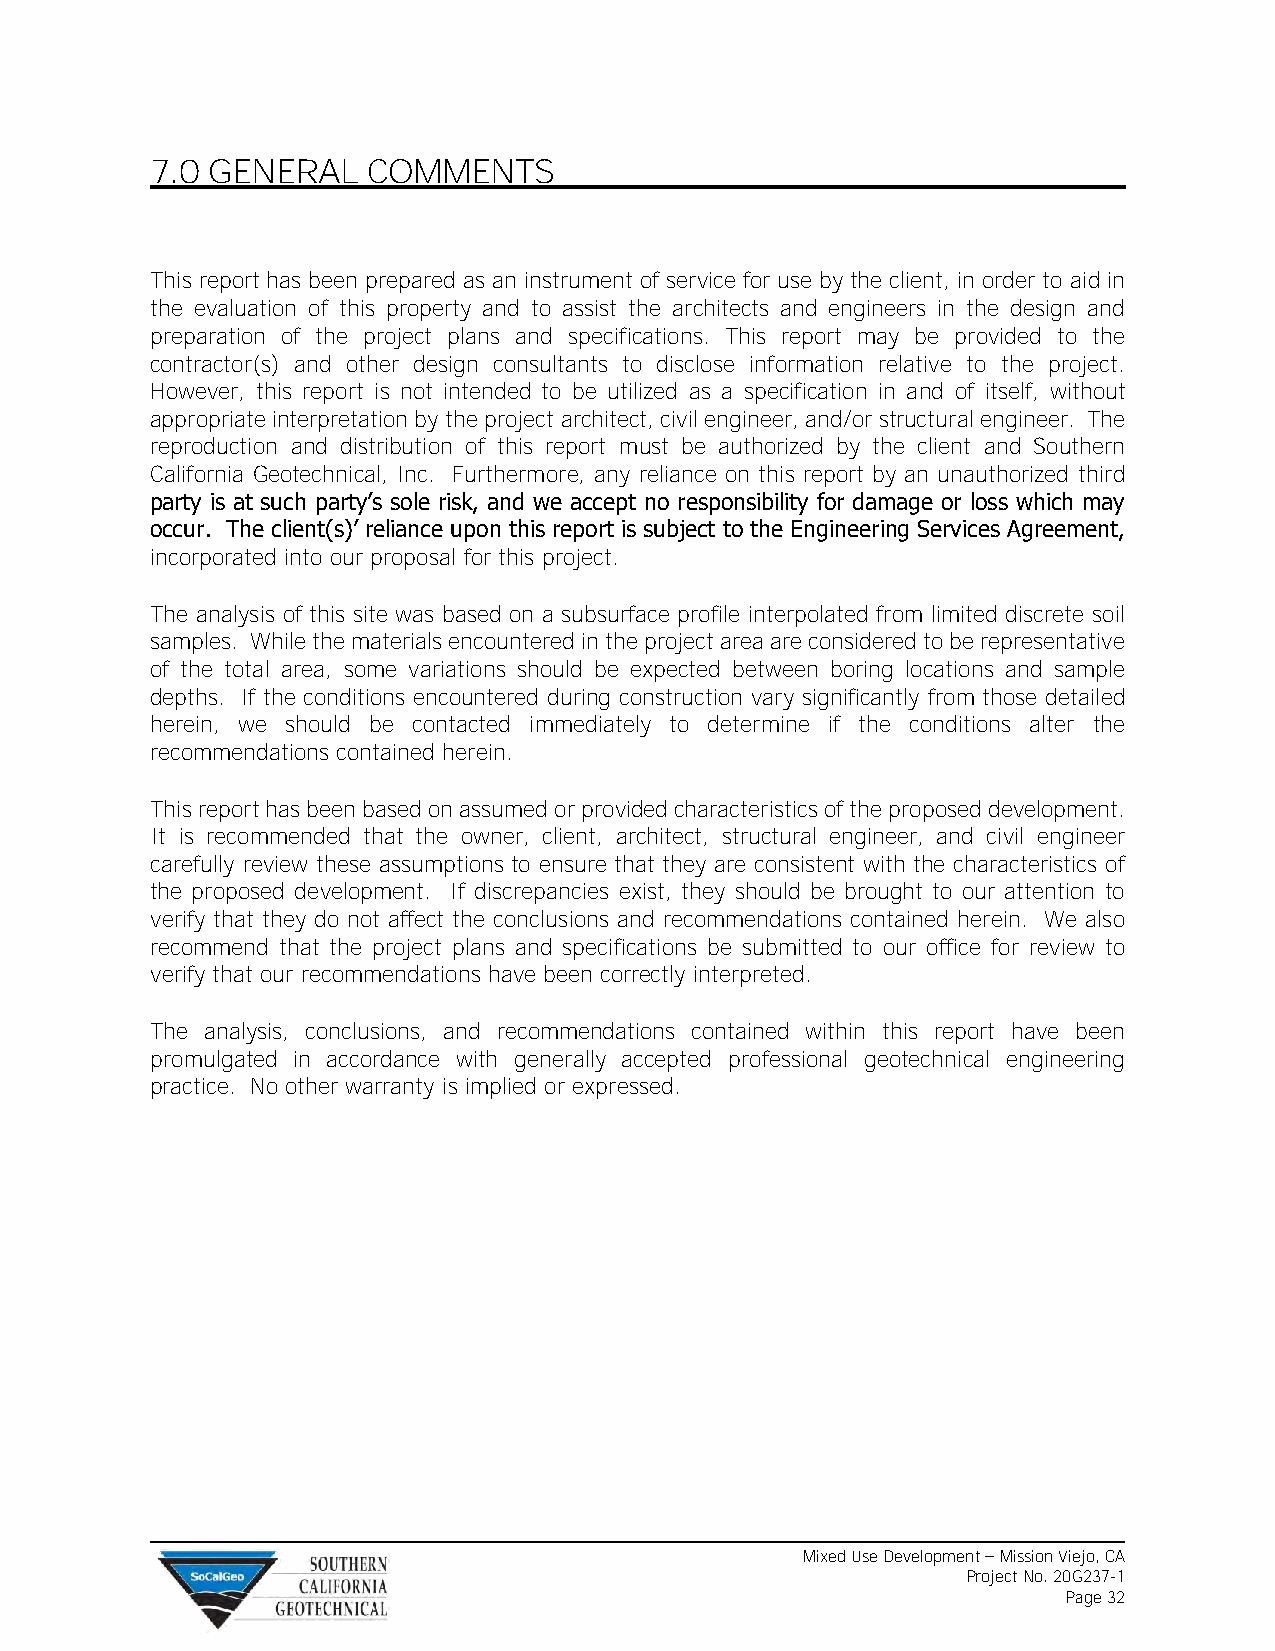
7.0 GENERAL   COMMENTS
 This report has been prepared as an instrument of service for use by the client, in order to aid in
 the evaluation of this property and to assist the architects and engineers in the design and
 preparation of the project plans and specifications. This report may be provided to the
 contractor(s) and other design consultants to disclose information relative to the project.
 However, this report is not intended to be utilized as a specification in and of itself, without
 appropriate interpretation by the project architect, civil engineer, and/or structural engineer. The
 reproduction and distribution of this report must be authorized by the client and Southern
 California Geotechnical, Inc. Furthermore, any reliance on this report by an unauthorized third
 party is at such party’s sole risk, and we accept no responsibility for damage or loss which may
 occur. The client(s)’ reliance upon this report is subject to the Engineering Services Agreement,
 incorporated into our proposal for this project.
 The analysis of this site was based on a subsurface profile interpolated from limited discrete soil
 samples. While the materials encountered in the project area are considered to be representative
 of the total area, some variations should be expected between boring locations and sample
 depths. If the conditions encountered during construction vary significantly from those detailed
 herein, we should be contacted immediately to determine if the conditions alter the
 recommendations contained herein.
 This report has been based on assumed or provided characteristics of the proposed development.
 It is recommended that the owner, client, architect, structural engineer, and civil engineer
 carefully review these assumptions to ensure that they are consistent with the characteristics of
 the proposed development. If discrepancies exist, they should be brought to our attention to
 verify that they do not affect the conclusions and recommendations contained herein. We also
 recommend that the project plans and specifications be submitted to our office for review to
 verify that our recommendations have been correctly interpreted.
 The analysis, conclusions, and recommendations contained within this report have been
 promulgated in accordance with generally accepted professional geotechnical engineering
 practice. No other warranty is implied or expressed.
 Mixed Use Development – Mission Viejo, CA
 Project No. 20G237-1
 Page 32